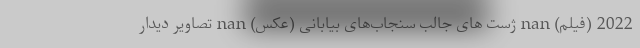
2022 (فیلم) nan ژست های جالب سنجاب‌های بیابانی (عکس) nan تصاویر دیدار